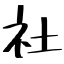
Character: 社